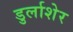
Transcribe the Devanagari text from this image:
डुर्लाशेर